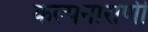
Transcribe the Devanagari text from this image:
कल्पनाराणी